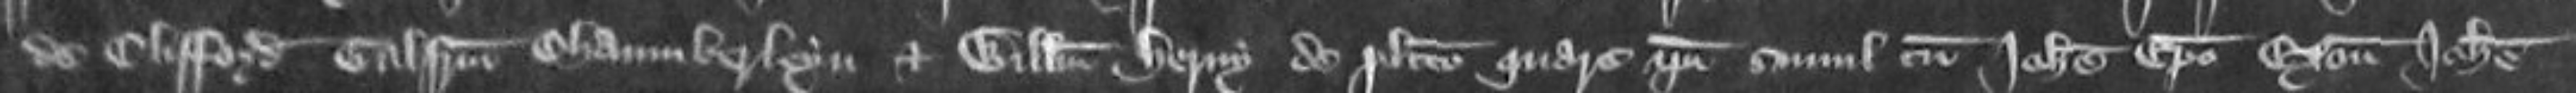
de Clifford Galfridum Chamberleyn et Willelmum Henry de placito quare ipsi simul cum Johanne episcopo Exonie Johanne